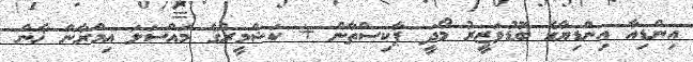
އިންޑިއާ އިންޑިޔާގެ ބޮޑުވަޒީރު މޯދީ ޕާކިސްތާން + ކަޝްމީރުގެ މައްސަލަ އިމްރާން ޚާން